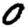
Digit: 0